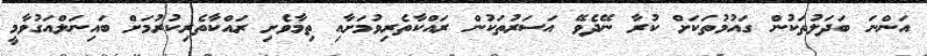
އަންނަ ބަދަލުތަކުން ގައުމުތަކަށް ކުރާ ނޭދެވޭ އަސަރުތަކުން ރައްކާތެރިވުމަށާއި ތިމާވެށި ރައްކާތެރިކުރުމަށް ބައިނަލްއަގުވާމީ